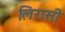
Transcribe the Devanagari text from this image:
लिरासी